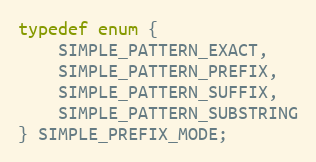
Language: C
typedef enum {
    SIMPLE_PATTERN_EXACT,
    SIMPLE_PATTERN_PREFIX,
    SIMPLE_PATTERN_SUFFIX,
    SIMPLE_PATTERN_SUBSTRING
} SIMPLE_PREFIX_MODE;